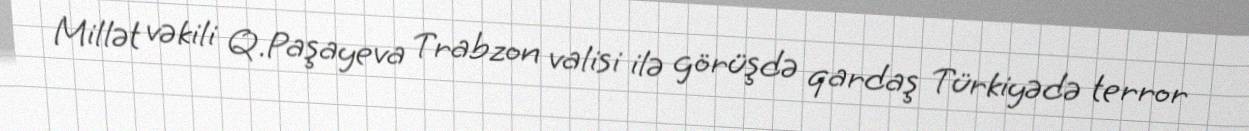
Millət vəkili Q.Paşayeva Trabzon valisi ilə görüşdə qardaş Türkiyədə terror